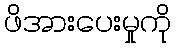
ဖိအားပေးမှုကို